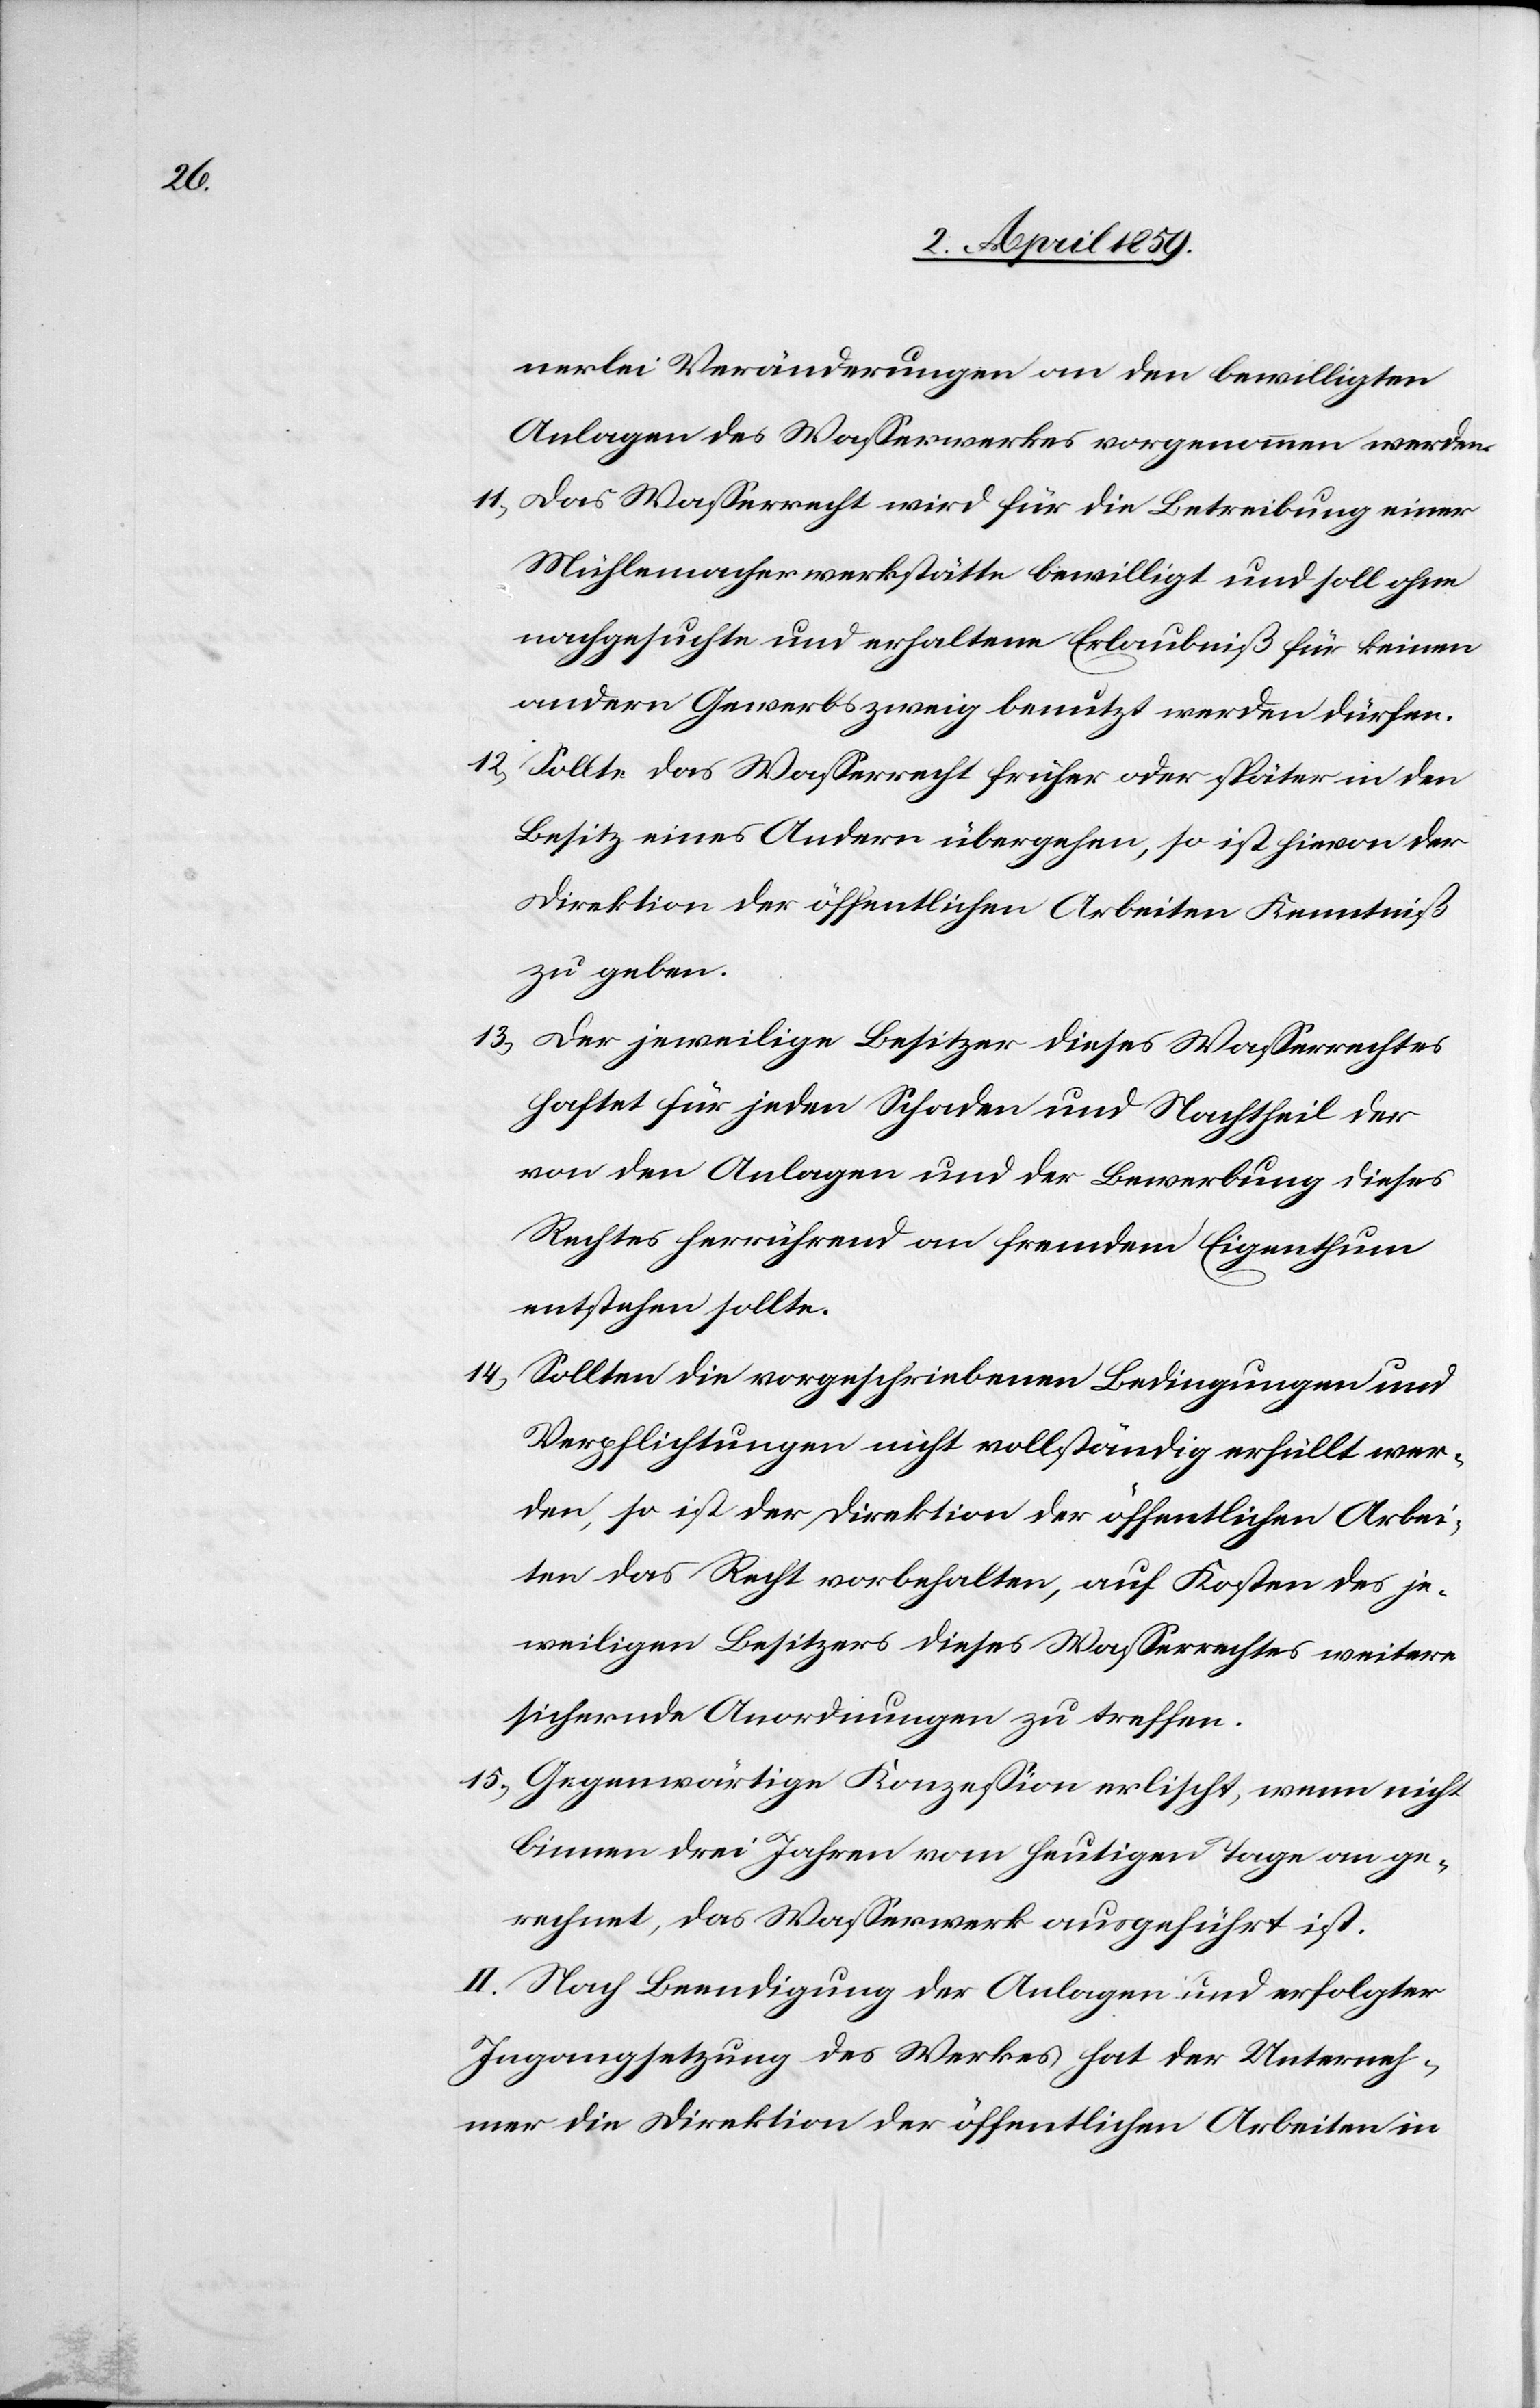
nerlei Veränderungen an den bewilligten
Anlagen des Waßerwerkes vorgenommen werden.
11) Das Waßerrecht wird für die Betreibung einer
Mühlemacherwerkstätte bewilligt und soll ohne
nachgesuchte und erhaltene Erlaubniß für keinen
andern Gewerbszweig benutzt werden dürfen.
12) Sollte das Waßerrecht früher oder später in den
Besitz eines Andern übergehen, so ist hievon der
Direktion der öffentlichen Arbeiten Kenntniß
zu geben.
13) Der jeweilige Besitzer dieses Waßerrechtes
haftet für jeden Schaden und Nachtheil der
von den Anlagen und der Bewerbung dieses
Rechtes herrührend an fremdem Eigenthum
entstehen sollte.
14) Sollten die vorgeschriebenen Bedingungen und
Verpflichtungen nicht vollständig erfüllt wer¬
den, so ist der Direktion der öffentlichen Arbei¬
ten das Recht vorbehalten, auf Kosten des je¬
weiligen Besitzers dieses Waßerrechtes weitere
sichernde Anordnungen zu treffen.
15) Gegenwärtige Konzeßion erlischt, wenn nicht
binnen drei Jahren vom heutigen Tage an ge¬
rechnet, das Waßerwerk ausgeführt ist.
II. Nach Beendigung der Anlagen und erfolgter
Ingangsetzung des Werkes hat der Unterneh¬
mer die Direktion der öffentlichen Arbeiten in